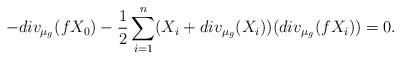
LaTeX: \begin{align*} -div_{\mu_g}(fX_0)-\frac{1}{2}\sum_{i=1}^n(X_i+div_{\mu_g}(X_i))(div_{\mu_g}(fX_i))=0.\end{align*}